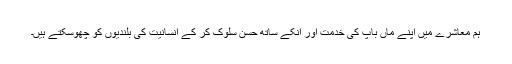
ہم معاشرے میں اپنے ماں باپ کی خدمت اور انکے ساتھ حسن سلوک کر کے انسانیت کی بلندیوں کو چھوسکتے ہیں۔